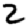
Digit: 2